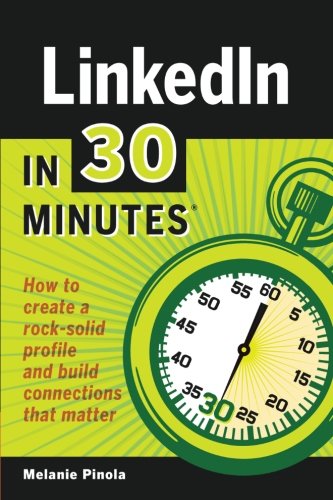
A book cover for LinkedIn In 30 Minutes: How to create a rock-solid LinkedIn profile and build connections that matter; Melanie Pinola; Business & Money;